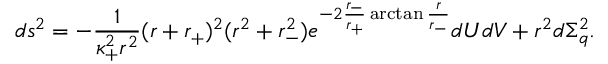
d s ^ { 2 } = - \frac { 1 } { \kappa _ { + } ^ { 2 } r ^ { 2 } } ( r + r _ { + } ) ^ { 2 } ( r ^ { 2 } + r _ { - } ^ { 2 } ) e ^ { - 2 \frac { r _ { - } } { r _ { + } } \arctan \frac { r } { r _ { - } } } d U d V + r ^ { 2 } d \Sigma _ { q } ^ { 2 } .